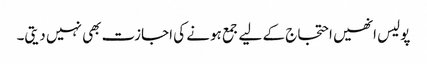
پولیس انھیں احتجاج کے لیے جمع ہونے کی اجازت بھی نہیں دیتی۔